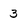
Character: 3